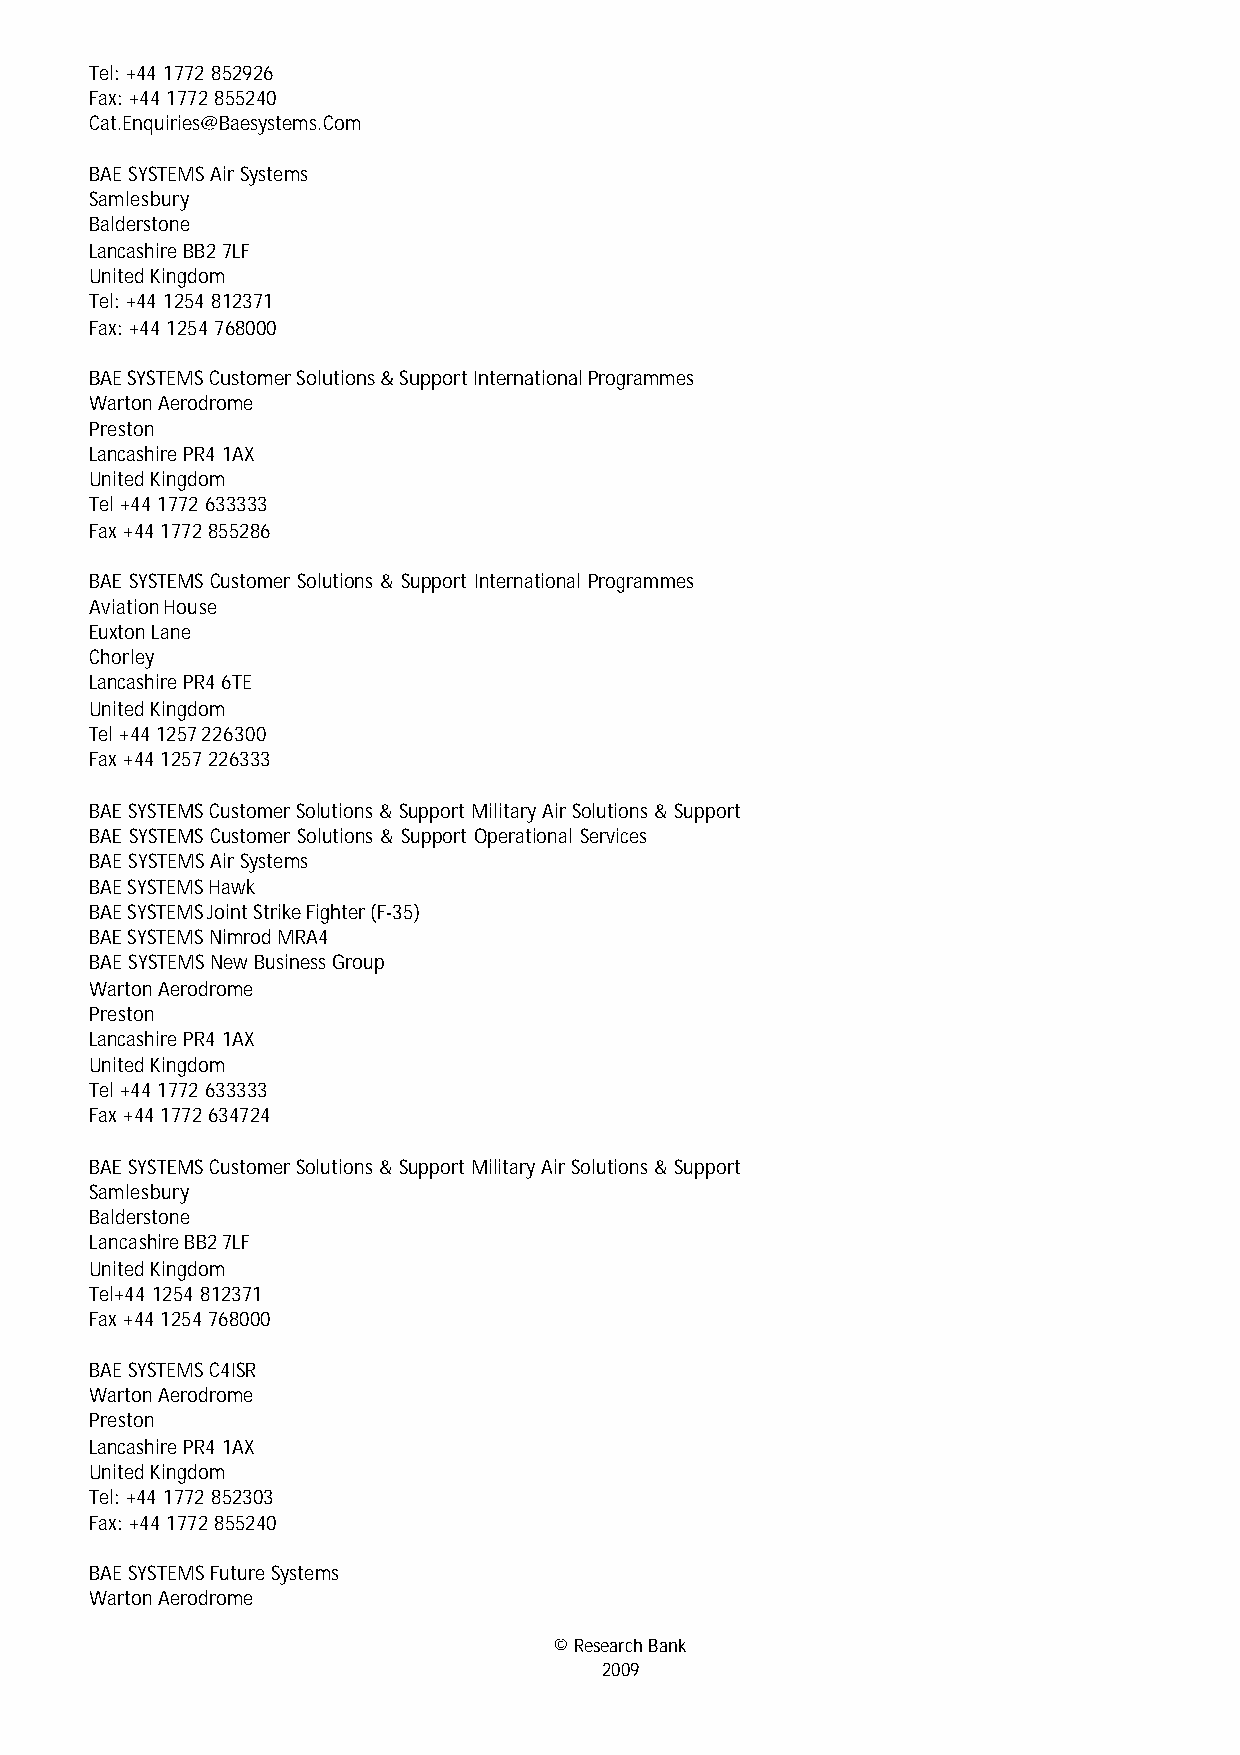
Tel: +44 1772 852926
 Fax: +44 1772 855240
 Cat.Enquiries@Baesystems.Com
 BAE SYSTEMS Air Systems
 Samlesbury
 Balderstone
 Lancashire BB2 7LF
 United Kingdom
 Tel: +44 1254 812371
 Fax: +44 1254 768000
 BAE SYSTEMS Customer Solutions & Support International Programmes
 Warton Aerodrome
 Preston
 Lancashire PR4 1AX
 United Kingdom
 Tel +44 1772 633333
 Fax +44 1772 855286
 BAE SYSTEMS Customer Solutions & Support International Programmes
 Aviation House
 Euxton Lane
 Chorley
 Lancashire PR4 6TE
 United Kingdom
 Tel +44 1257 226300
 Fax +44 1257 226333
 BAE SYSTEMS Customer Solutions & Support Military Air Solutions & Support
 BAE SYSTEMS Customer Solutions & Support Operational Services
 BAE SYSTEMS Air Systems
 BAE SYSTEMS Hawk
 BAE SYSTEMS Joint Strike Fighter (F-35)
 BAE SYSTEMS Nimrod MRA4
 BAE SYSTEMS New Business Group
 Warton Aerodrome
 Preston
 Lancashire PR4 1AX
 United Kingdom
 Tel +44 1772 633333
 Fax +44 1772 634724
 BAE SYSTEMS Customer Solutions & Support Military Air Solutions & Support
 Samlesbury
 Balderstone
 Lancashire BB2 7LF
 United Kingdom
 Tel+44 1254 812371
 Fax +44 1254 768000
 BAE SYSTEMS C4ISR
 Warton Aerodrome
 Preston
 Lancashire PR4 1AX
 United Kingdom
 Tel: +44 1772 852303
 Fax: +44 1772 855240
 BAE SYSTEMS Future Systems
 Warton Aerodrome
 © Research Bank
 2009